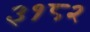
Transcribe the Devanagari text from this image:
३१८२